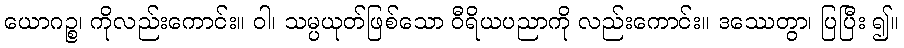
ယောဂဉ္စ၊ ကိုလည်းကောင်း။ ဝါ၊ သမ္ပယုတ်ဖြစ်သော ဝီရိယပညာကို လည်းကောင်း။ ဒဿေတွာ၊ ပြပြီး ၍။